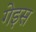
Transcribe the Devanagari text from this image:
गेइस